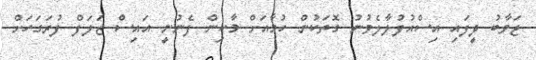
ޖަވާބު ދީފައި އިސްއުފުލާލެވުނު ގޮތަކުން ހުމާއަށް މާކިން ފެނުނީ އައިސް ޒަލަފް ފުރަގަހަށް